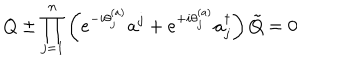
Q \pm \prod _ { j = 1 } ^ { n } \left( e ^ { - i \theta _ { j } ^ { ( a ) } } a ^ { j } + e ^ { + i \theta _ { j } ^ { ( a ) } } a _ { j } ^ { \dagger } \right) \tilde { Q } = 0